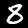
Label: 8